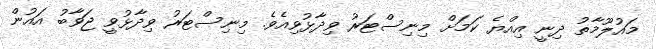
މައުލޫމާތު ދިނީ އިއްޔެ ކަމަށް މިނިސްޓަރު ވިދާޅުވިއެވެ. މިނިސްޓަރު ވިދާޅުވީ ޖަވާބު އައުން